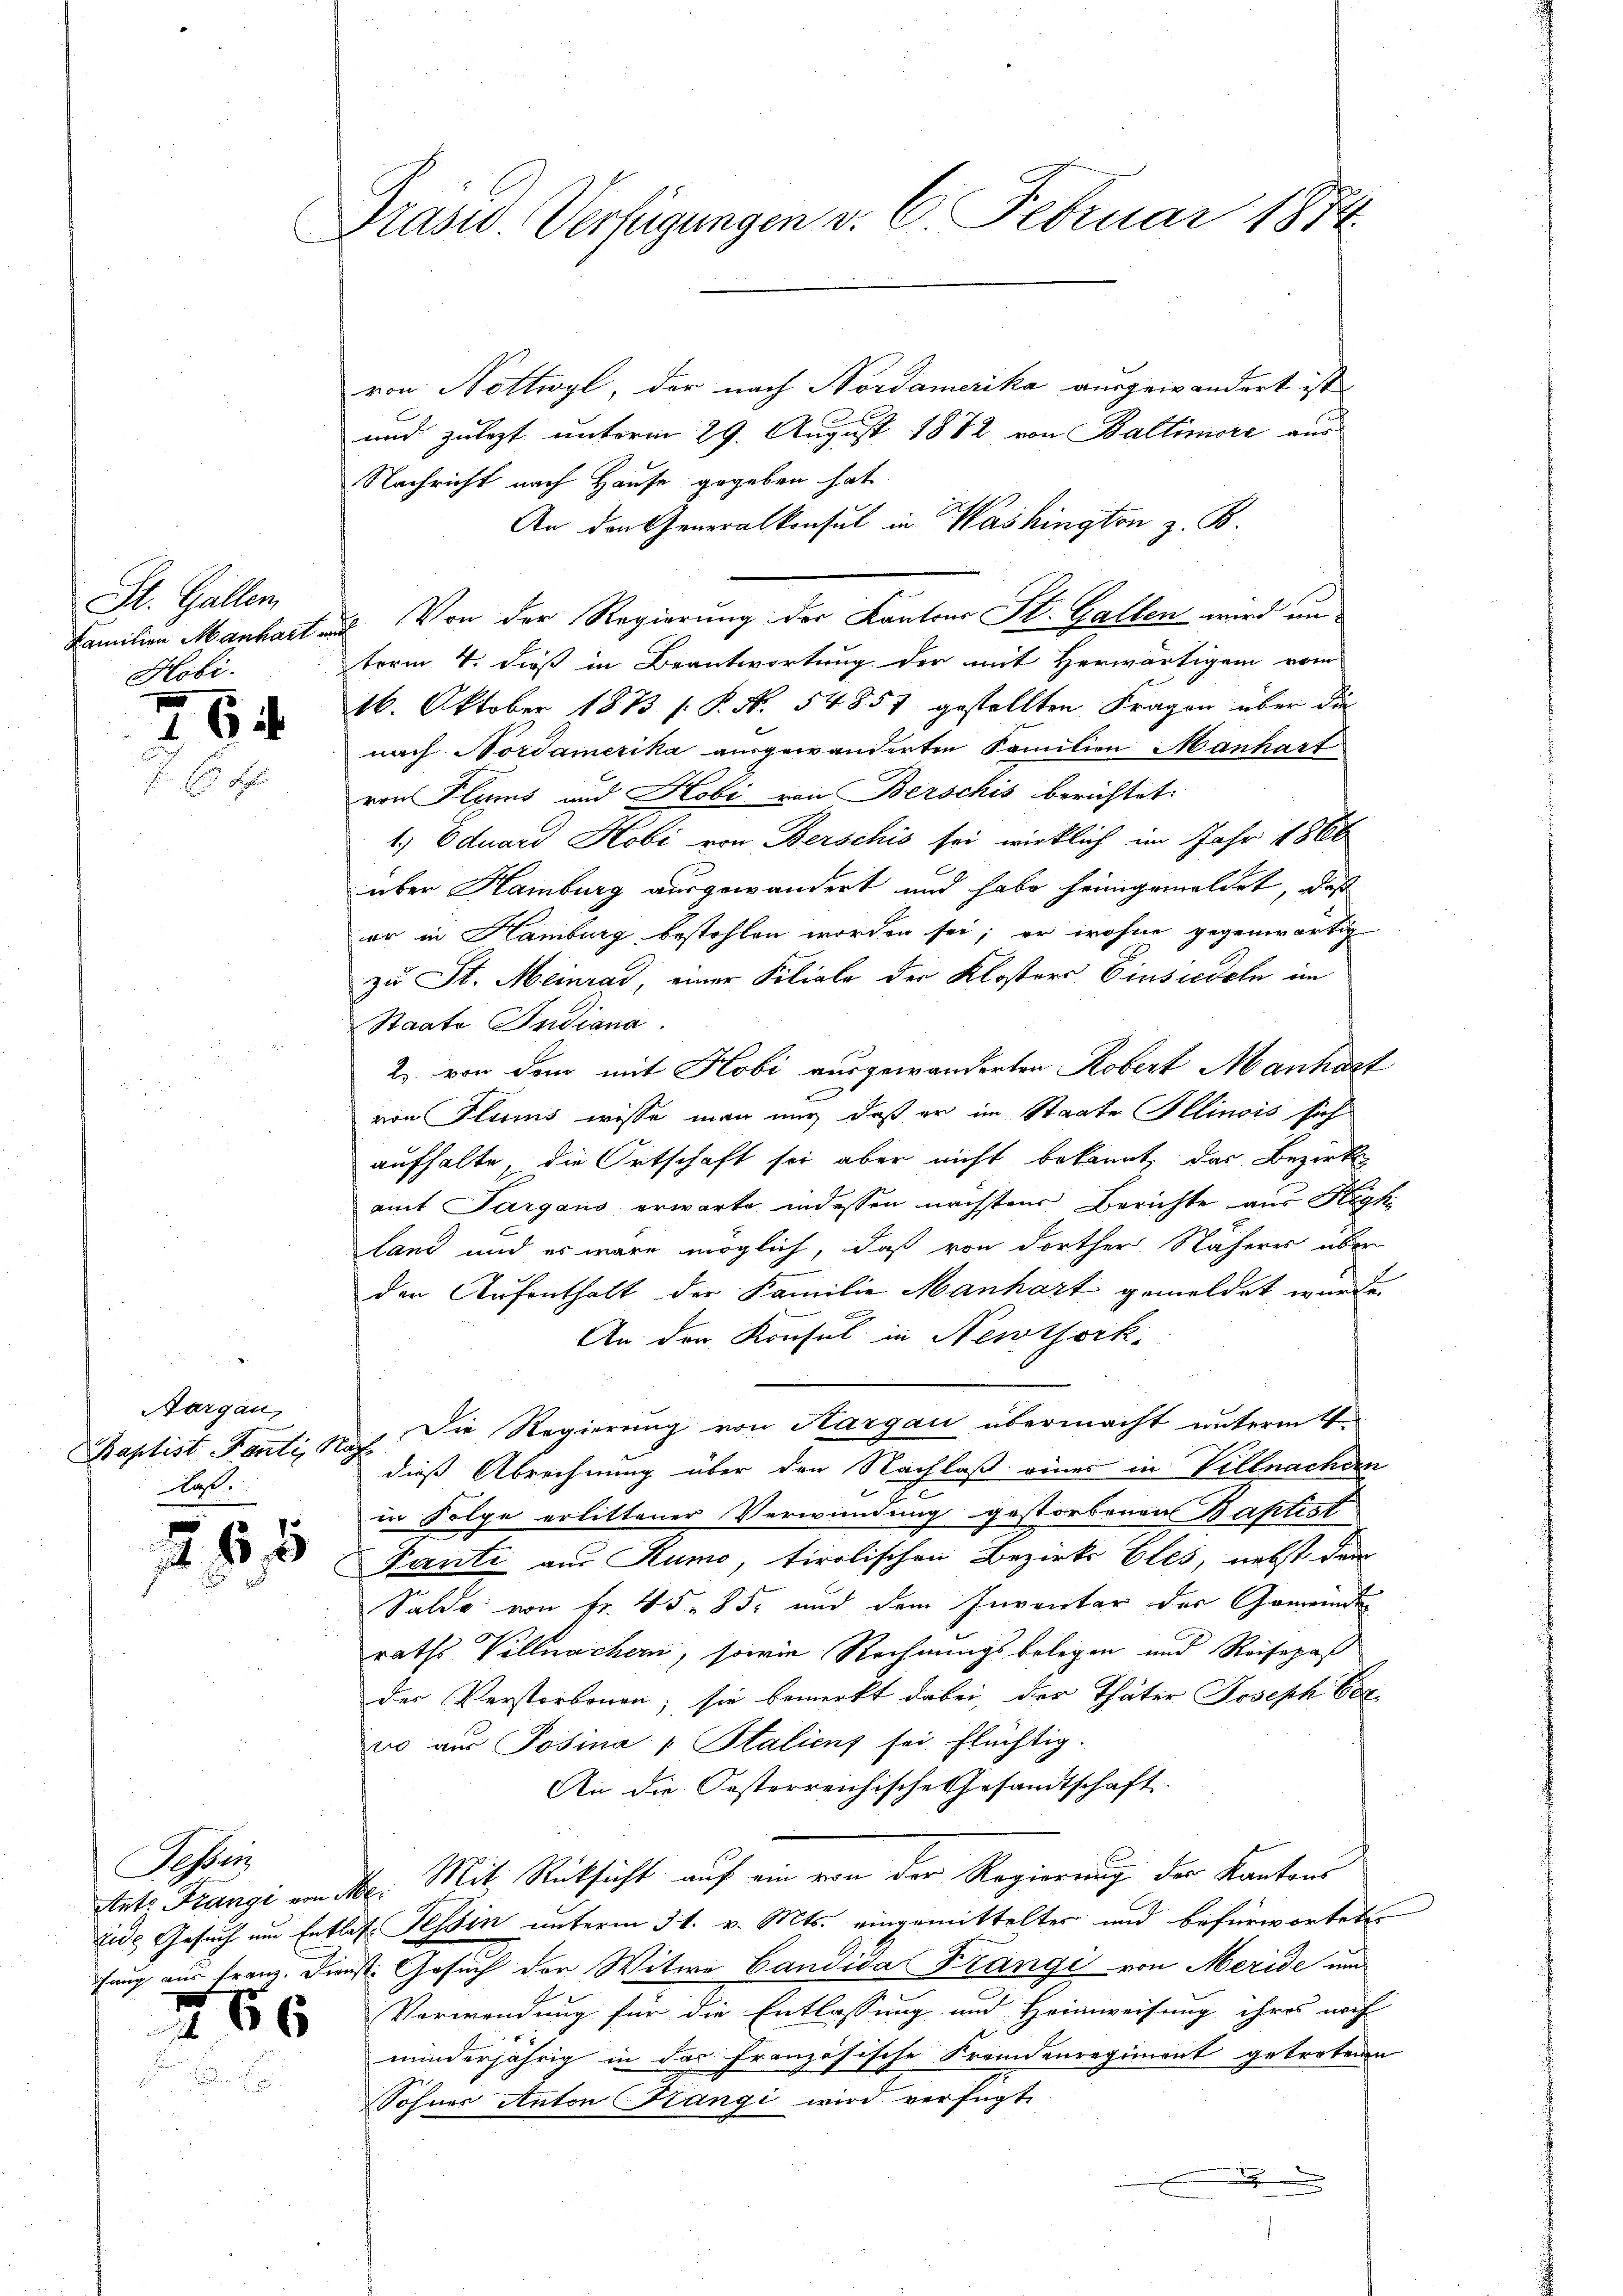
St. Gallen
Familien Manhart u.
Hobi.

6

Aargau,
as

85

von Nottwyl, der nach Nordamerika ausgewandert ist
und zulezt unterm 29. August 1872 von Baltimore aus
Nachricht nach Hause gegeben hat.
An den Generalkonsul in Washington z. B.
. Von der Regierung der Kantons St. Gallen wird unterm 4. dieß in Beantwortung der mit Herwärtigem vom
16. Oktober 1873 s. P. Nr. 54857 gestellten Fragen über die
nach Nordamerika ausgewanderten Familien Manhart
von Flims und Hobi von Berschis berichtet:
1.) Eduard Kobi von Berschis sei wirklich im Jahr 1866
über Hamburg ausgewandert und habe heimgemeldet, daß
er in Hamburg bestohlen worden sei; er wohne gegenwärtig
zu St. Meinrad, einer Filiale der Klosters: Einsiedeln im
Staate Indiana
2. von dem mit Hobi ausgewanderten Kobert Manhart
von Fluris wisse man nur daß er im Staate Illinois sich
aufhalte, die Ortschaft sei aber nicht bekannt, das Bezirk
mit Sargans erwarte, indessen nächsten Berichte aus Rogk
land und es wäre möglich, daß von dorther Näheres über
den Aufenthalt der Familie Manhart gemeldet wurde.
An der Konsul in Newtork.
Kaptist Fanti, No. Die Regierung von Hargau übermacht unterm 4.
dieß Abrechnung über den Nachlaß eines in Villnachen
in Folge erlittener Verwundung gestorbenen Baptist
Panti aus Rumo, tirolischen Bezirks Eles, nebst der
Saldo von Nr. 45. 85. und dem Inventar der Gemeinde
raths Villmachern, sowie Rechnungsbelegen und Reisepaß
des Verstorbenen; sie bemerkt dabei, der Thäter Joseph Perso aus Posina " Staliens sei flüchtig.
An die Oesterreichische Gesandtschaft.
Satz. Franzi am Mo. Mit Rücksicht auf ein von der Regierung der Kantons
zur Gesuch um Entlas Tessin unterm 31. v. Mts. eingemittelter und befürwortete
fung aus Franz. Dienst. Gesuch der Witwe Candida Frangi von Meride und
Verwendung für die Entlassung und Heimweisung ihres noch
minderjährig in das französische Fremdenregiment getretenen
Sohner Anton Rangi wird verfügt:
.

Tessin

86

Präsid. Vertigungen v. 6. Februar 1874